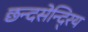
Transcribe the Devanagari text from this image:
छन्दसेन्दि्रय